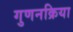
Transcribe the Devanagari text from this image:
गुणनक्रिया